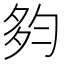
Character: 𡖒